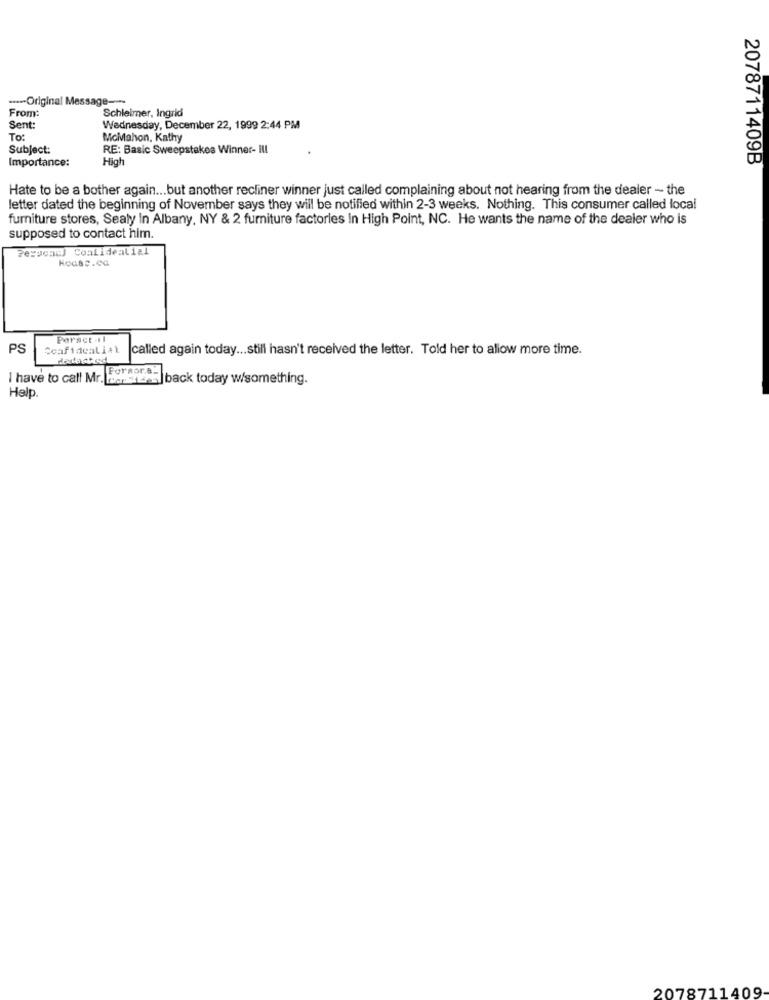
...- Original Message ----
From:
Schleimer, Ingrid
Sent:
Wednesday, December 22, 1999 2:44 PM
To:
McMahon, Kathy
Subject:
RE: Basic Sweepstakes Winner- Ill
Importance:
High
2078711409B
Hate to be a bother again ... but another recliner winner just called complaining about not hearing from the dealer - the
letter dated the beginning of November says they will be notified within 2-3 weeks. Nothing. This consumer called local
furniture stores, Sealy In Albany, NY & 2 furniture factories In High Point, NC. He wants the name of the dealer who is
supposed to contact him.
Personc) Coalidealial
HoGsc.ca
Persce -1I
PS
Ccafidealial
called again today ... still hasn't received the letter. Told her to allow more time.
Forsor.s.
I have to call Mr. barter El back today w/something.
Help.
2078711409